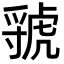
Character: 虢